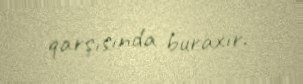
qarşısında buraxır.